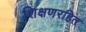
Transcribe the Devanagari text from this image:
शिक्षणरहित